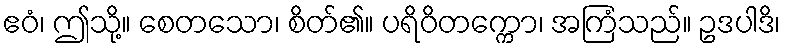
ဧဝံ၊ ဤသို့။ စေတသော၊ စိတ်၏။ ပရိဝိတက္ကော၊ အကြံသည်။ ဥဒပါဒိ၊